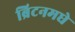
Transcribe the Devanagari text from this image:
ब्रिटनमधे